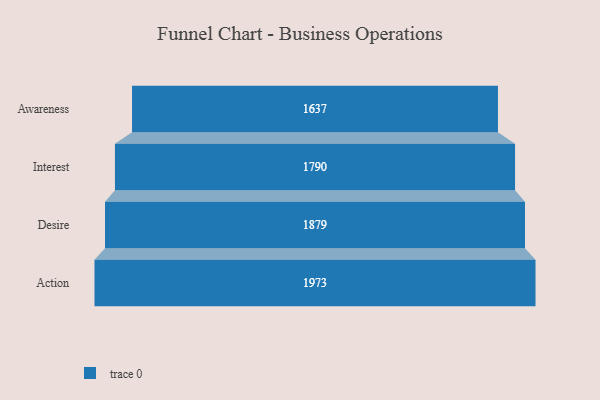
{"axis": {"x": "Stage", "y": "Value"}, "legend": [""], "data": [{"x": "Awareness", "y": 1637.0, "type": ""}, {"x": "Interest", "y": 1790.0, "type": ""}, {"x": "Desire", "y": 1879.0, "type": ""}, {"x": "Action", "y": 1973.0, "type": ""}]}